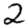
Digit: 2